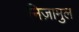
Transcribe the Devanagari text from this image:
निज़ामुल